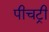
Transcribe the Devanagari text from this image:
पीचट्री